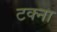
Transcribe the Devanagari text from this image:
टक्ना